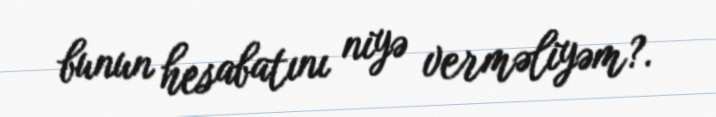
bunun hesabatını niyə verməliyəm?.